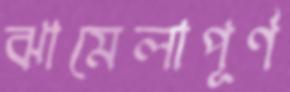
ঝামেলাপূর্ণ